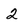
Character: 2